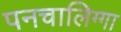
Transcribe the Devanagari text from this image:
पनचालिग्गा